Vital statistics of India. Vol. VI, European troops 1870-79
Year: 1870
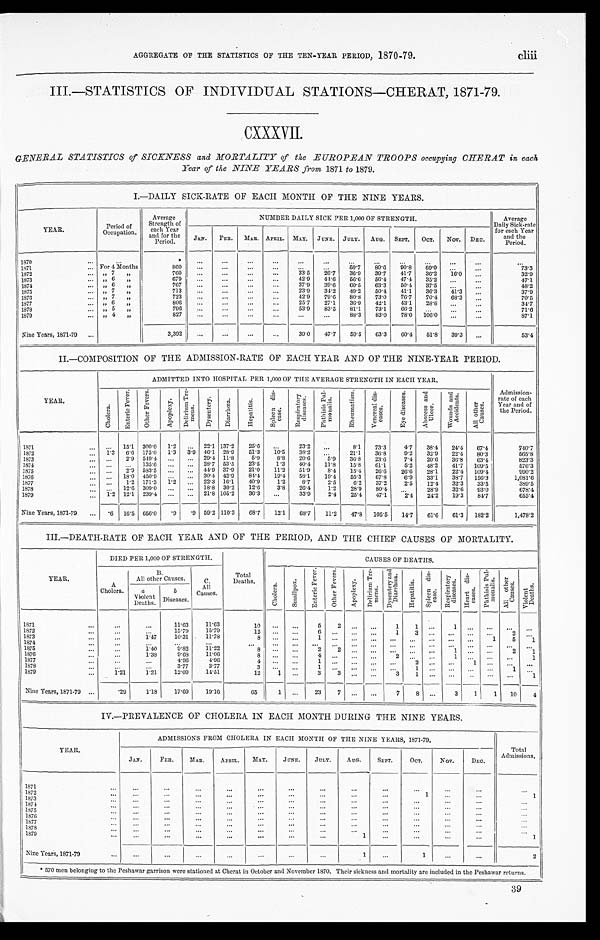
AGGREGATE OF THE STATISTICS OF THE TEN-YEAR PERIOD, 1870-79. cliii
III.—STATISTICS OF INDIVIDUAL STATIONS—CHERAT, 1871-79.
CXXXVII.
GENERAL STATISTICS of SICKNESS and MORTALITY of the EUROPEAN TROOPS occupying CHERAT in each
Year of the NINE YEARS from 1871 to 1879.
I.—DAILY SICK-RATE OF EACH MONTH OF THE NINE YEARS.
YEAR.
Period of
Occupation.
Average
Strength of
each Year
and for the
Period.
NUMBER DAILY SICK PER 1, 000 OF STRENGTH.
Average
Daily Sick-rate
for each Year
and the
Period.
J A N .
FEB. MAR. APRIL. MAY. JUNE. JULY. AUG. SEPT. OCT. Nov. DEC.
1870
*
1871
For 4 Months
860
50.7
8 0 . 6 90.8 69.0
73. 3
1872
„ 7 „
760
33. 5 26.7 36.9 39.7 41.7 36.2 16.0
32. 9
1873
„ 6 „
679
42. 9 44.6 56.6 56.4 47.4 35.2
47.1
1874
„ 6 „
767
37. 9 39.6 60.5 63.3 50.4 37.5
48. 2
1875
„ 7 „
713
23. 9 34.2 49.2 50.4 41.1 36.3 41.3
37.9
1876
„ 7 „
723
42.9 79.6 80.8 73.0 76.7 70.4 68.3
70. 5
1877
„ 6 „
806
25.7 27.1 36.9 42.1 43.1 28.8
34. 7
1878
„ 5 „
796
53. 9 83.5 81.1 73.1 66.2
71.6
1879
„ 4 „
827
88.3 83.0 78.0
1 0 6 . 0
87.1
Nine Years, 1871-79
3,392
39. 0 47.7 59.5 63.3 60.4 51.8 39.3
53.4
II.—COMPOSITION OF THE ADMISSION-RATE OF EACH YEAR AND OF THE NINE-YEAR PERIOD.
YEAR.
ADMITTED INTO HOSPITAL PER 1,000 OF THE AVERAGE STRENGTH IN EACH YEAR.
Admission-
rate of each
Year and of
the Period.
C h o l e r a .
E n t e r i c F e v e r . O t h e r F e v e r s .
A p o p l e x y .
D e l i r i u m T r e - m e n s .
D y s e n t e r y . D i a r r h œ a .
H e p a t i t i s . S p l e e n d i s - e a s e .
R e s p i r a t o r y d i s e a s e s . P h t h i s i s P u l -
m o n a l i s .
R h e u m a t i s m .
V e n e r e a l d i s -
e a s e s .
E y e d i s e a s e s . A b s c e s s a n d
U l c e r .
W o u n d s a n d
A c c i d e n t s .
A l l o t h e r
C a u s e s .
1871
15.1 300.0 1.2
22.1 137.2 25.6
23.2
8.1 73.3 4.7 38.4 24.4 67.4
740. 7
1872
1.3 6.6 175.0 1.3 3.9 46.1 28.9 51.3 10.5 38.2
21.1 36.8 9.2 32.9 22.4 80.3
565. 8
1873
2.9 549.4
29.4 11.8 5.9 8.8 20.6 5. 9 36.8 23.0 7.4 20.6 36.8 63.4
823. 3
1874
135.6
28.7 53.5 23.5 1.3 40.4 11.8 15.8 61.1 5. 2 48.2 41.7 109.5
576. 3
1875
2.9 583.5
44.9 37.9 21.0 11.2 51.9 8. 4 15.4 26.6 26.6 28.1 22.4 109.4
990. 2
1876
18.0 450.9
30.4 42.9 84.4 19.4 58.1 19. 4 55.3 67.8 6. 9 33.1 38.7 156.3
1,081.6
1877
1.2 171.3 1.2
22.3 16.1 40.9 1.2 8.7 2. 5
6.2 37.2 2. 5 12.4 32.3 33.5
389. 5
1878
12.6 309.0
18.8 30.2 12.6 3.8 26.4 1.2 28.0 80.4
28.9 32.6 93.0
678. 4
1879
1.2 12.1 239.4
21.8 105.2 36.3
33.9 2. 4 25.4 47.1 2 . 4
24.2 19.3 84.7
655. 4
Nine Years, 1871-79
. 6 16.5 656.0 .9 .9 59.2 110.3 68.7 12.1 68.7 11. 2 47.8 105.5 14. 7
6 1 . 6 61.3 182.2
1,478.2
III.—DEATH-RATE OF EACH YEAR AND OF THE PERIOD, AND THE CHIEF CAUSES OF MORTALITY.
YEAR.
DIED PER 1,000 OF STRENGTH.
C A U S E S O F D E A T H S .
A
Cholera.
B .
All other Causes.
C.
All
Causes.
Total
Deaths. C h o l e r a .
S m a l l p o x .
E n t e r i c F e v e r . O t h e r F e v e r s .
A p o p l e x y .
D e l i r i u m T r e -
m e n s .
D y s e n t e r y a n d
D i a r r h œ a . H e p a t i t i s .
S p l e e n d i s - e a s e .
R e s p i r a t o r y
d i s e a s e s . H e a r t d i s - e a s e s .
P h t h i s i s P u l - m o n a l i s . A l l o t h e r
C a u s e s . V i o l e n t D e a t h s .
a
Violent Deaths .
b
Diseases.
1871
11. 63
11.63
1 0
5
2
1 1
1
1872
15. 79
15.79
1 2
6
1 3
2
1873
1.47 10. 31
11.78
8
1
1
5 1
1874 1875
1.40
9. 82 11.22
8
2
2
1
2
1
1876
1.38
9. 68
11.06
8
4
2
1
1
1877
4. 96
4 . 9 6
4
1
2
1
1878
3. 77
3.77
3
1
1
1
1879
1.21 1.21 12. 09
14.51
12
1
3 3
3
1
1
Nine Years, 1871-79
.29
1.18 17. 69
19.16
65
1
23 7
7
8
3
1 1 10 4
IV.—PREVALENCE OF CHOLERA IN EACH MONTH DURING THE NINE YEARS.
YEAR.
ADMISSIONS FROM CHOLERA IN EACH MONTH OF THE NINE YEARS, 1871-79.
Total
Admissions.
JAN. FEB. MAR. APRIL. MAY.
JUNE. JULY. AUG. SEPT. OCT. NOV.
DEC.
1 8 7 1
1872
1
1
1873 1874
1875 1876 1877
1878 1879
1
1
Nine Years, 1871-79
1
1
2
* 570 men belonging to the Peshawar garrison were stationed at Cherat in October and November 1870. Their sickness and mortality are included in the Peshawar returns.
39